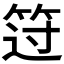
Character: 𰩻